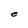
Character: e